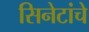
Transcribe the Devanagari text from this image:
सिनेटांचे